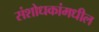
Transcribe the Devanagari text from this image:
संशोधकांमधील